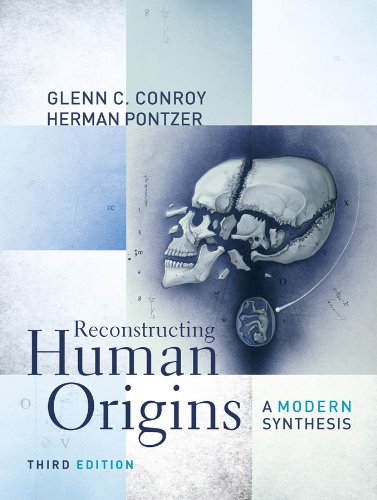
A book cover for Reconstructing Human Origins: A Modern Synthesis (Third Edition); Glenn C. Conroy; Politics & Social Sciences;